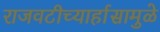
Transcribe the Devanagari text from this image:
राजवटीच्यार्हासामुळे